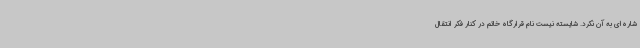
شاره‌ای به آن نکرد. شایسته نیست نام قرارگاه خاتم در کنار فکر انتقال